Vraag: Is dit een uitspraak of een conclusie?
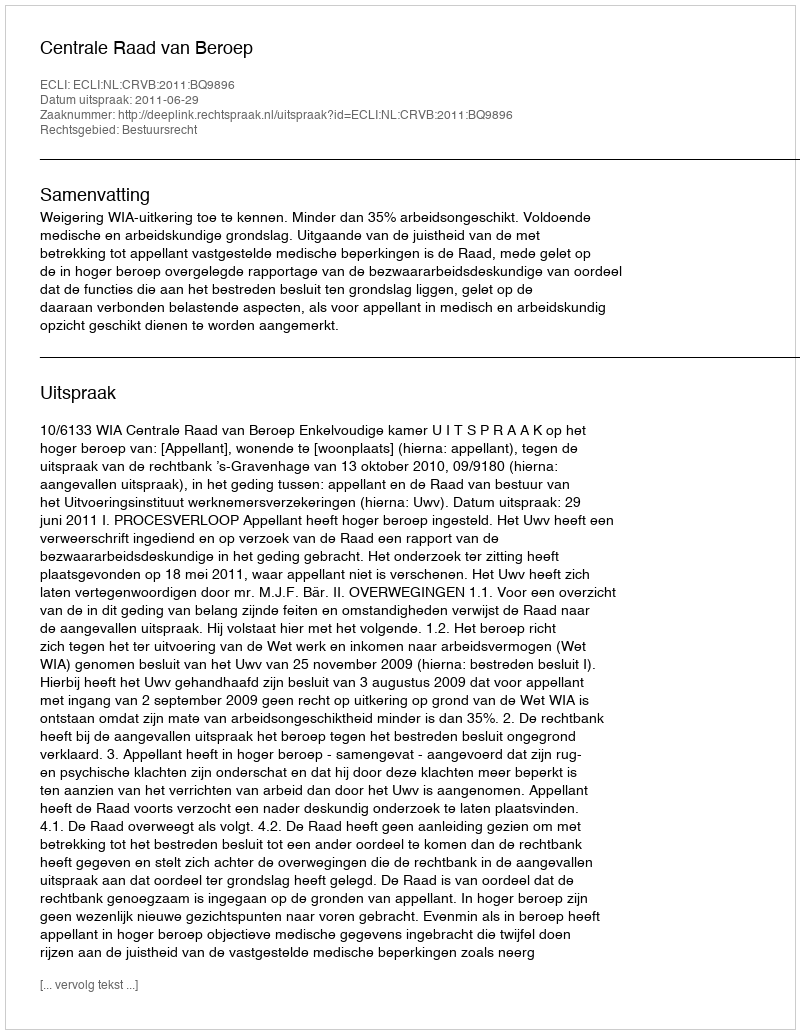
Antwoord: Uitspraak